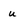
Character: u